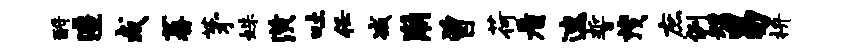
酹澧或蕃茅姝潢吐任减崩曾荷看速誓茂庶例短易拚